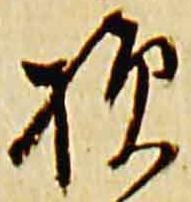
損